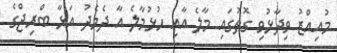
މުއިއްޒު ވިދާޅުވި ގޮތުގައި މާލެ އާއި ހުޅުމާލެ އާ ދެމެދު އަޅާ ބްރިޖްގެ